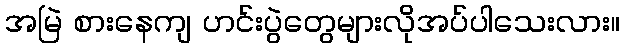
အမြဲ စားနေကျ ဟင်းပွဲတွေများလိုအပ်ပါသေးလား။